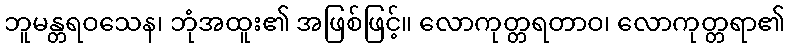
ဘူမန္တရဝသေန၊ ဘုံအထူး၏ အဖြစ်ဖြင့်။ လောကုတ္တရတာဝ၊ လောကုတ္တရာ၏